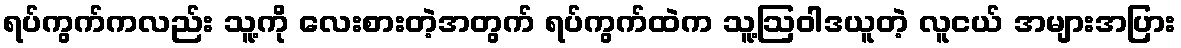
ရပ်ကွက်ကလည်း သူ့ကို လေးစားတဲ့အတွက် ရပ်ကွက်ထဲက သူ့ဩဝါဒယူတဲ့ လူငယ် အများအပြား